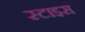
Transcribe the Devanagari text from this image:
स्टाइस